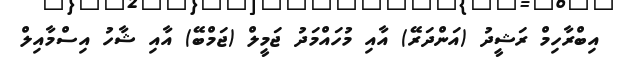
އިބްރާހިމް ރަޝީދު (އަންދަރޭ) އާއި މުހައްމަދު ޖަމީލް (ޖަމްބޭ) އާއި ޝާހު އިސްމާއިލް